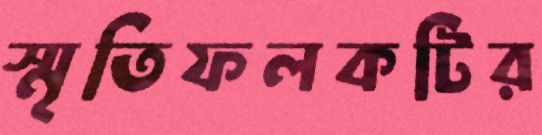
স্মৃতিফলকটির